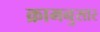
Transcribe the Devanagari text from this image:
क्रामनुसार